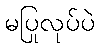
မပြုလုပ်ပဲ